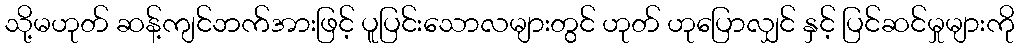
သို့မဟုတ် ဆန့်ကျင်ဘက်အားဖြင့် ပူပြင်းသောလများတွင် ဟုတ် ဟုပြောလျှင် နှင့် ပြင်ဆင်မှုများကို